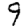
Digit: 9